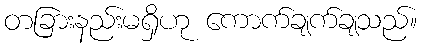
တခြားနည်းမရှိဟု ကောက်ချက်ချသည်။